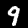
Digit: 9